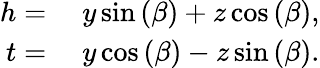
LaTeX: \begin{array}{rl}{h={}}&{{}y\sin{(\beta)}+z\cos{(\beta)},}\\ {t={}}&{{}y\cos{(\beta)}-z\sin{(\beta)}.}\end{array}